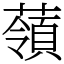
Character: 䕘